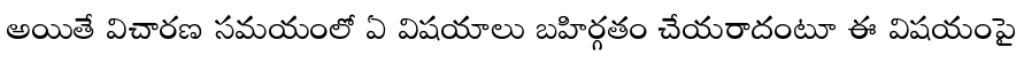
అయితే విచారణ సమయంలో ఏ విషయాలు బహిర్గతం చేయరాదంటూ ఈ విషయంపై